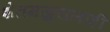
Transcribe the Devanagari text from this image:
शेतमजुरालाही